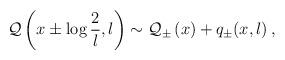
LaTeX: \begin{align*}{\cal Q}\left( x\pm \log \displaystyle\frac{2}{l},l\right) \sim {\cal Q}_{\pm }\left( x\right) +q_{\pm }(x,l)\: ,\end{align*}